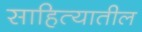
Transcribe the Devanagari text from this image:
साहित्‍यातील